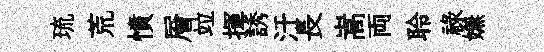
琉荒憤層竝揮誘汙長嵩両聆祿嫵